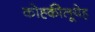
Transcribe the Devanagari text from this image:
कोह्कीलूयेह